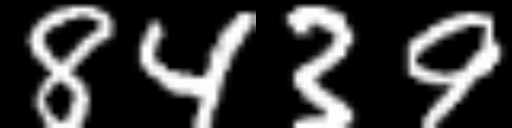
Text: 8439